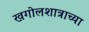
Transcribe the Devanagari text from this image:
खगोलशात्राच्या